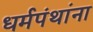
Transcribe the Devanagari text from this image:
धर्मपंथांना